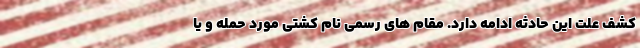
کشف علت این حادثه ادامه دارد. مقام های رسمی نام کشتی مورد حمله و یا